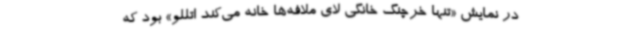
در نمایش «تنها خرچنگ خانگی لای ملافه‌ها خانه می‌کند اتللو» بود که